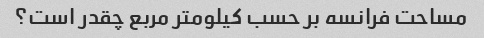
مساحت فرانسه بر حسب کیلومتر مربع چقدر است؟